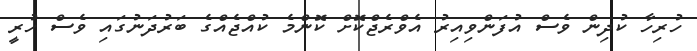
ހުރިހާ ކުދިން ވެސް އުފަންވިއިރު އެވްރެޖްކޮށް ކޮންމެ ކުއްޖެއްގެ ބަރުދަނުގައި ވެސް ހުރީ